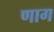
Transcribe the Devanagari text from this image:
णाग